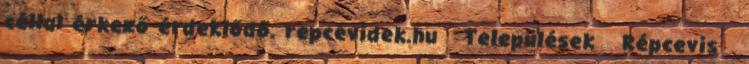
céllal érkező érdeklődő. repcevidek.hu Települések Répcevis